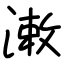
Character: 潄